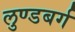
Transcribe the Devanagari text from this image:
लुण्डबर्ग